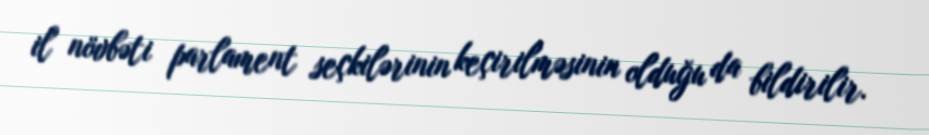
il növbəti parlament seçkilərinin keçirilməsinin olduğu da bildirilir.